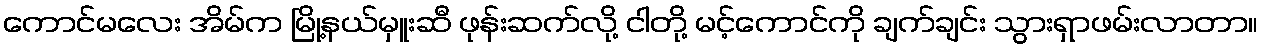
ကောင်မလေး အိမ်က မြို့နယ်မှူးဆီ ဖုန်းဆက်လို့ ငါတို့ မင့်ကောင်ကို ချက်ချင်း သွားရှာဖမ်းလာတာ။